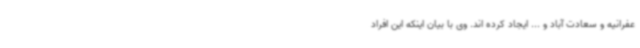
عفرانیه و سعادت آباد و ... ایجاد کرده اند. وی با بیان اینکه این افراد